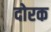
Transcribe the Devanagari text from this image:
दोरक